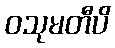
ဝသုမတီပိ